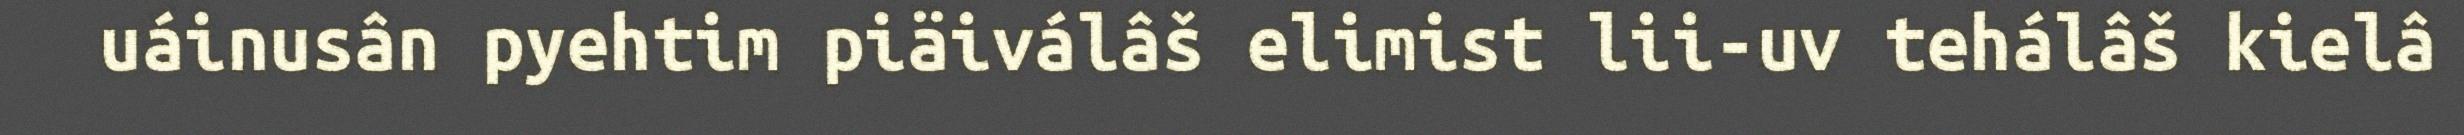
uáinusân pyehtim piäiválâš elimist lii-uv tehálâš kielâ